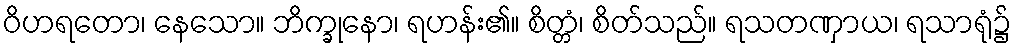
ဝိဟရတော၊ နေသော။ ဘိက္ခုနော၊ ရဟန်း၏။ စိတ္တံ၊ စိတ်သည်။ ရသတဏှာယ၊ ရသာရုံ၌